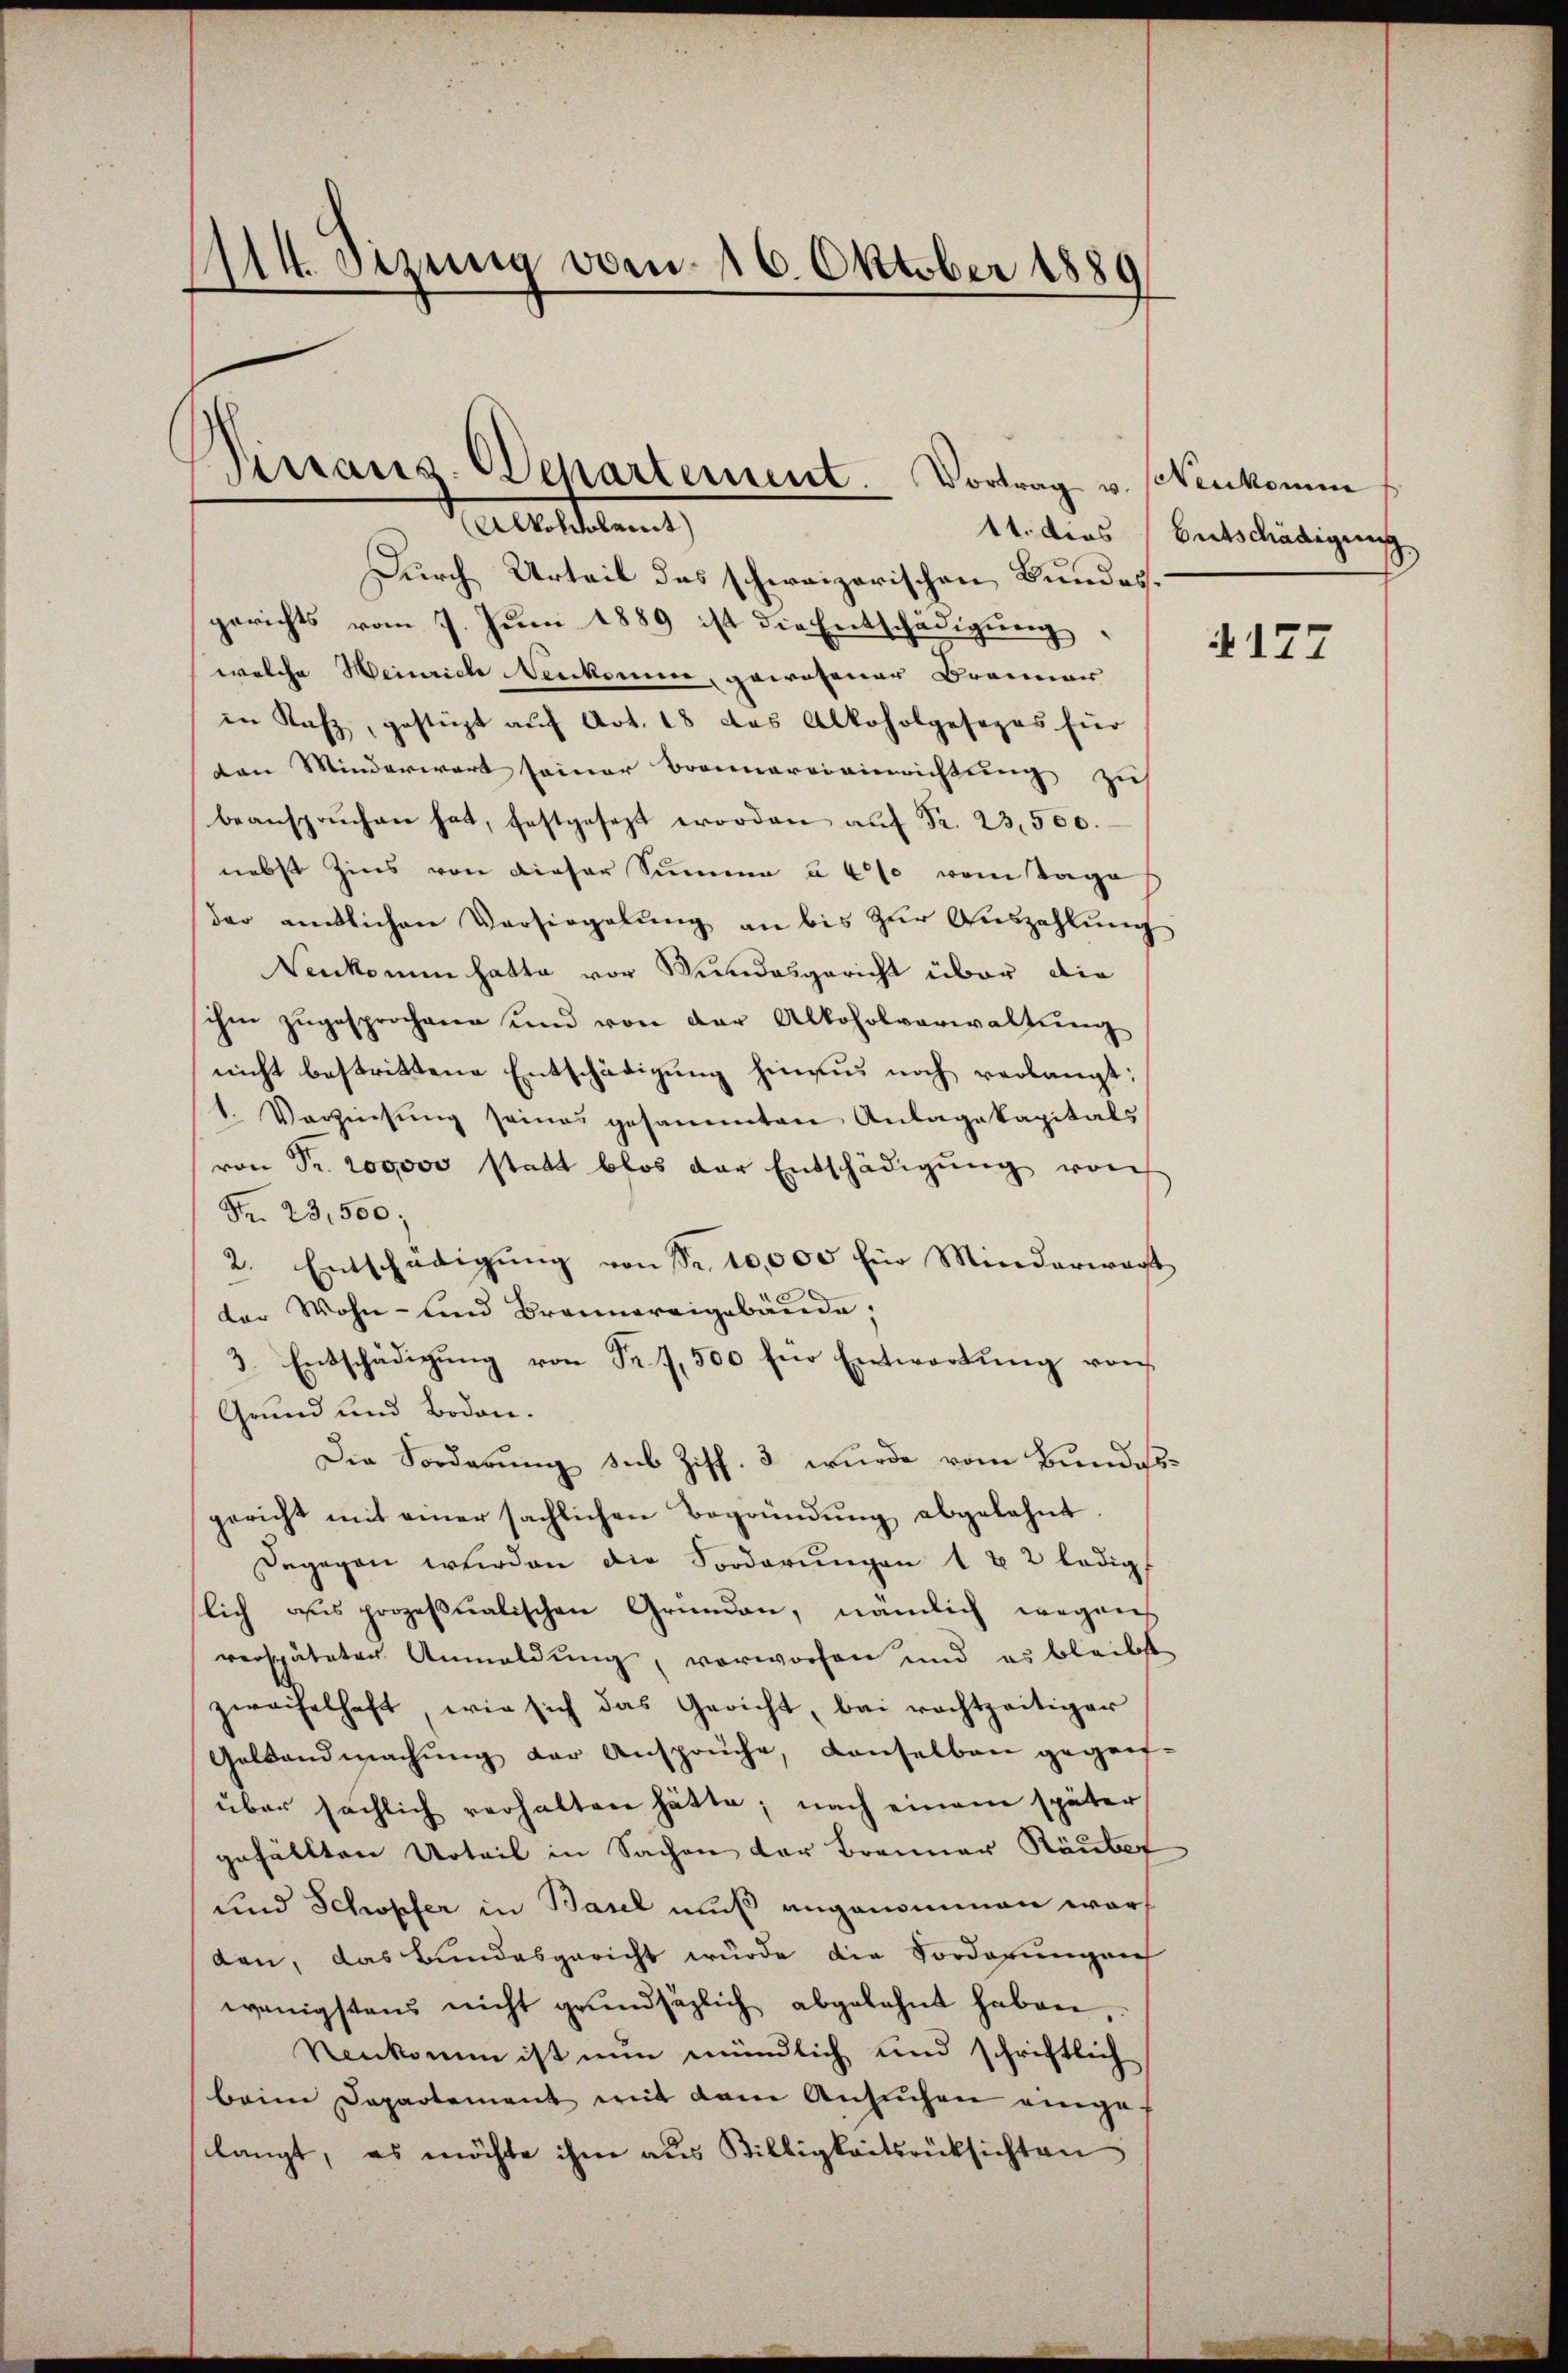
1114. Sizung vom 16. Oktober 1889

Virraus. Departement. Vortrag v. Neukomm
Alkoldolamt

Durch Urteil das schweizerischen Bundes.
gerichts vom 7. Juni 1889 ist die Entschädigung,
welche Weinrich Neukomme, gewesener Brenner
in Rafz, gestüzt auf Art. 18 das Alkoholgesezes für
ten Minderwart seiner Bronnereieinrichtung zu
beansprŭchen hat, festgesezt worden aŭf Fr. 23,500.
nebst Zins von dieser Summe u 6% vom Tage
der amtlichen Versiegelŭng an bis zŭr Aŭszahlŭng
Venkomm hatte vor Bundesgericht über die
sichen zugesprochene und von der Alkoholverwaltung
nicht bestrittene Entschädigung hinaus noch verlangt;
1. Verzinsŭng seines gesammten Anlagekapitals
von Fr. 200,000 statt blos der Entschädigŭng von
Fr. 23,500;
2. Entschädigŭng von Sr. 10,000 für Minderwart
der Wohn- und Brannereigebäude;
3. Entschädigŭng von Fr. 7,500 für Entwortŭng von
Grund und Boden.
Die Forderŭng sub Ziff. 3 wurde vom Bundesgericht mit einer sächlichen Begründŭng abgelehnt
Dagegen werden die Sorderŭngen 1 u 2 ledigt
slich aus prozeßualischen Gründen, nämlich wegens
verspäteter Anmeldung, vorworfen und es bleibst
zweifelhaft, wie sich das Gericht, bei rechtzeitiger
Geldandmachŭng der Ansprüche, denselben gegen-
über sächlich verhalten hätte; nach einem später
gefällten Urteil in Sachen der Brenner Räuber
und Schopfer in Basel muß angenommen war
den, das Bundesgericht wurde die Vorderungen
wenigstens nicht grundsätzlich abgelehnt haben,
Nenkomm ist nun mündlich und schriftlich
beim Departement mit dem Ansŭchen einge-
langt, es möchte ihme aus Billigkeitsrücksichten

11. dies Entschädigung

4177